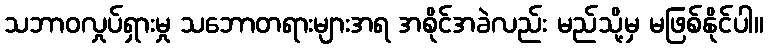
သဘာဝလှုပ်ရှားမှု သဘောတရားများအရ အစိုင်အခဲလည်း မည်သို့မှ မဖြစ်နိုင်ပါ။